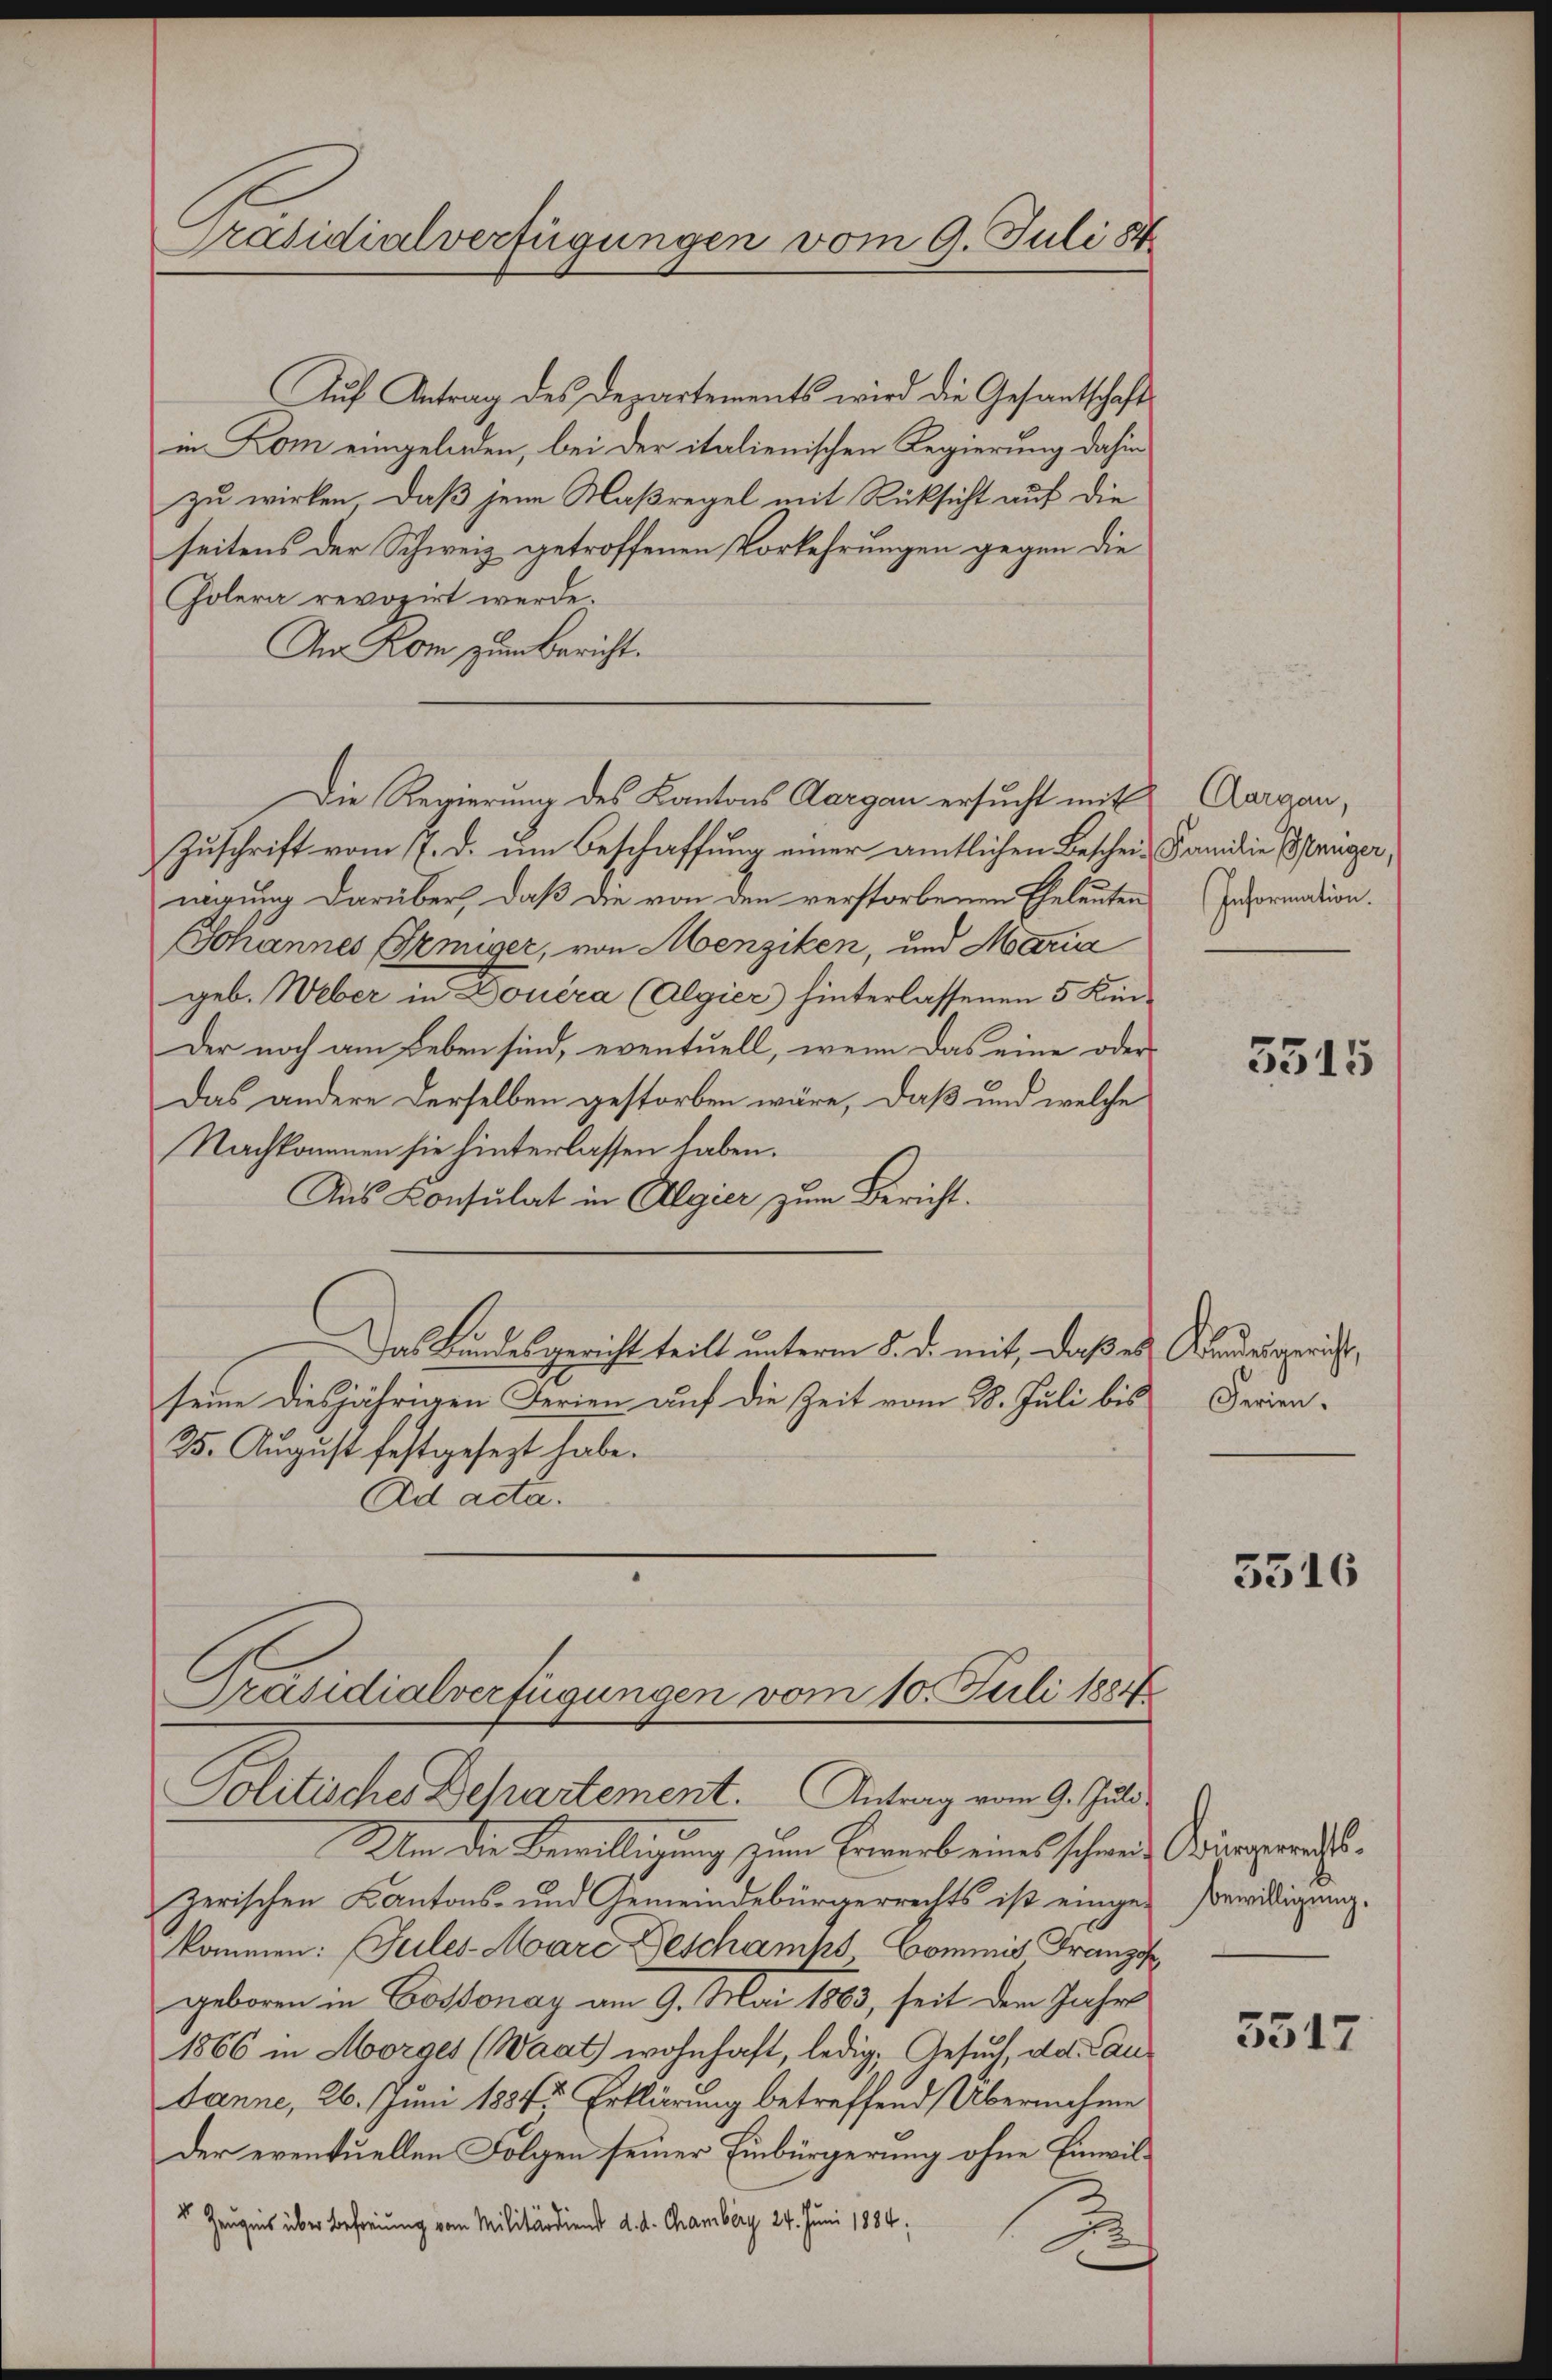
Präsidialverfügungen vom 9. Juli 184

Auf Antrag des Departements wird die Gesandtschafts
in Kom eingeladen, bei der italienischen Regierung dahin
zu wirken, daß jene Maßregel mit Rücksicht auf die
seitens der Schweiz getroffenen Vorkehrungen gegen die
Golera revozirt werde.
An Rom zum Bericht.
Zuschrift vom 7. d. um Beschaffung einer amtlichen Beschein Familie Prüger,
werung darüber, daß die von den verstorbenen Eheleutens Information.
Johannes Erniger, von Menziken, und Maria
geb. Weber in Douéra (Algier) hinterlassenen 5 Kin¬
Der noch am Leben sind, eventuell, wenn das eine oder
Das andere derselben gestorben wäre, daß und welche
Nachkommen sie hinterlassen haben.
Aus Konsulat in Algier zum Bericht.
Das Bundesgericht teilt unterm 8. d. mit, daß es Kindesgericht,
seine diesjährigen Ferien auf die Zeit vom 28. Juli bis
25. August festgesezt habe.
Ad acta.
Präsidialverfügungen vom 10. Juli 1884
Politischer Behartement. Antrag vom 9. Juli
Um die Bewilligung zum Erwerb eines schweiz Bürgermuthzerischen Kantons- und Gemeindebürgerrechts ist eingekommen: Jules-Mare Geschamts Commis Französ
geboren in Cossonay am 9. Mai 1863, seit dem Jahre
1866 in Morges (Waat wohnhaft, ledig, Gesuch, das Can¬
Janne, 26. Juni 1884. Erklärung betreffend Übernehme
Der eventuellen Folgen seiner Einbürgerung ohne Einwil¬
5 Zeugnis über Befreiung vom Militärdient d. d. Chamberg 24. Juni 1884,
.

Die Regierung des Kantons Aargau ersucht mit Aargau,

3315

Ferien.

5316

Bewilligung.

3517